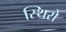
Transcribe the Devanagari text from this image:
स्थिरो